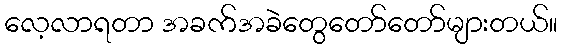
လေ့လာရတာ အခက်အခဲတွေတော်တော်များတယ်။